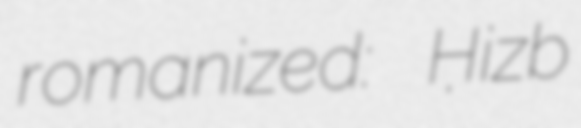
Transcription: romanized: Ḥizb